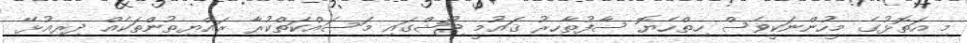
މި އަތޮޅުގެ މީހުންނަކީވެސް ހިތްހެޔޮ ސާފުތާހިރު ޤައުމީ ޖޯޝްގައި މަސައްކަތްކުރާ ރައްޔިތުންތަކެއް ދިރިއުޅޭ